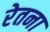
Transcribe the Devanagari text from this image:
रेतना